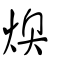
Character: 燠